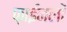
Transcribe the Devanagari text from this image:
फ़ाईनलों